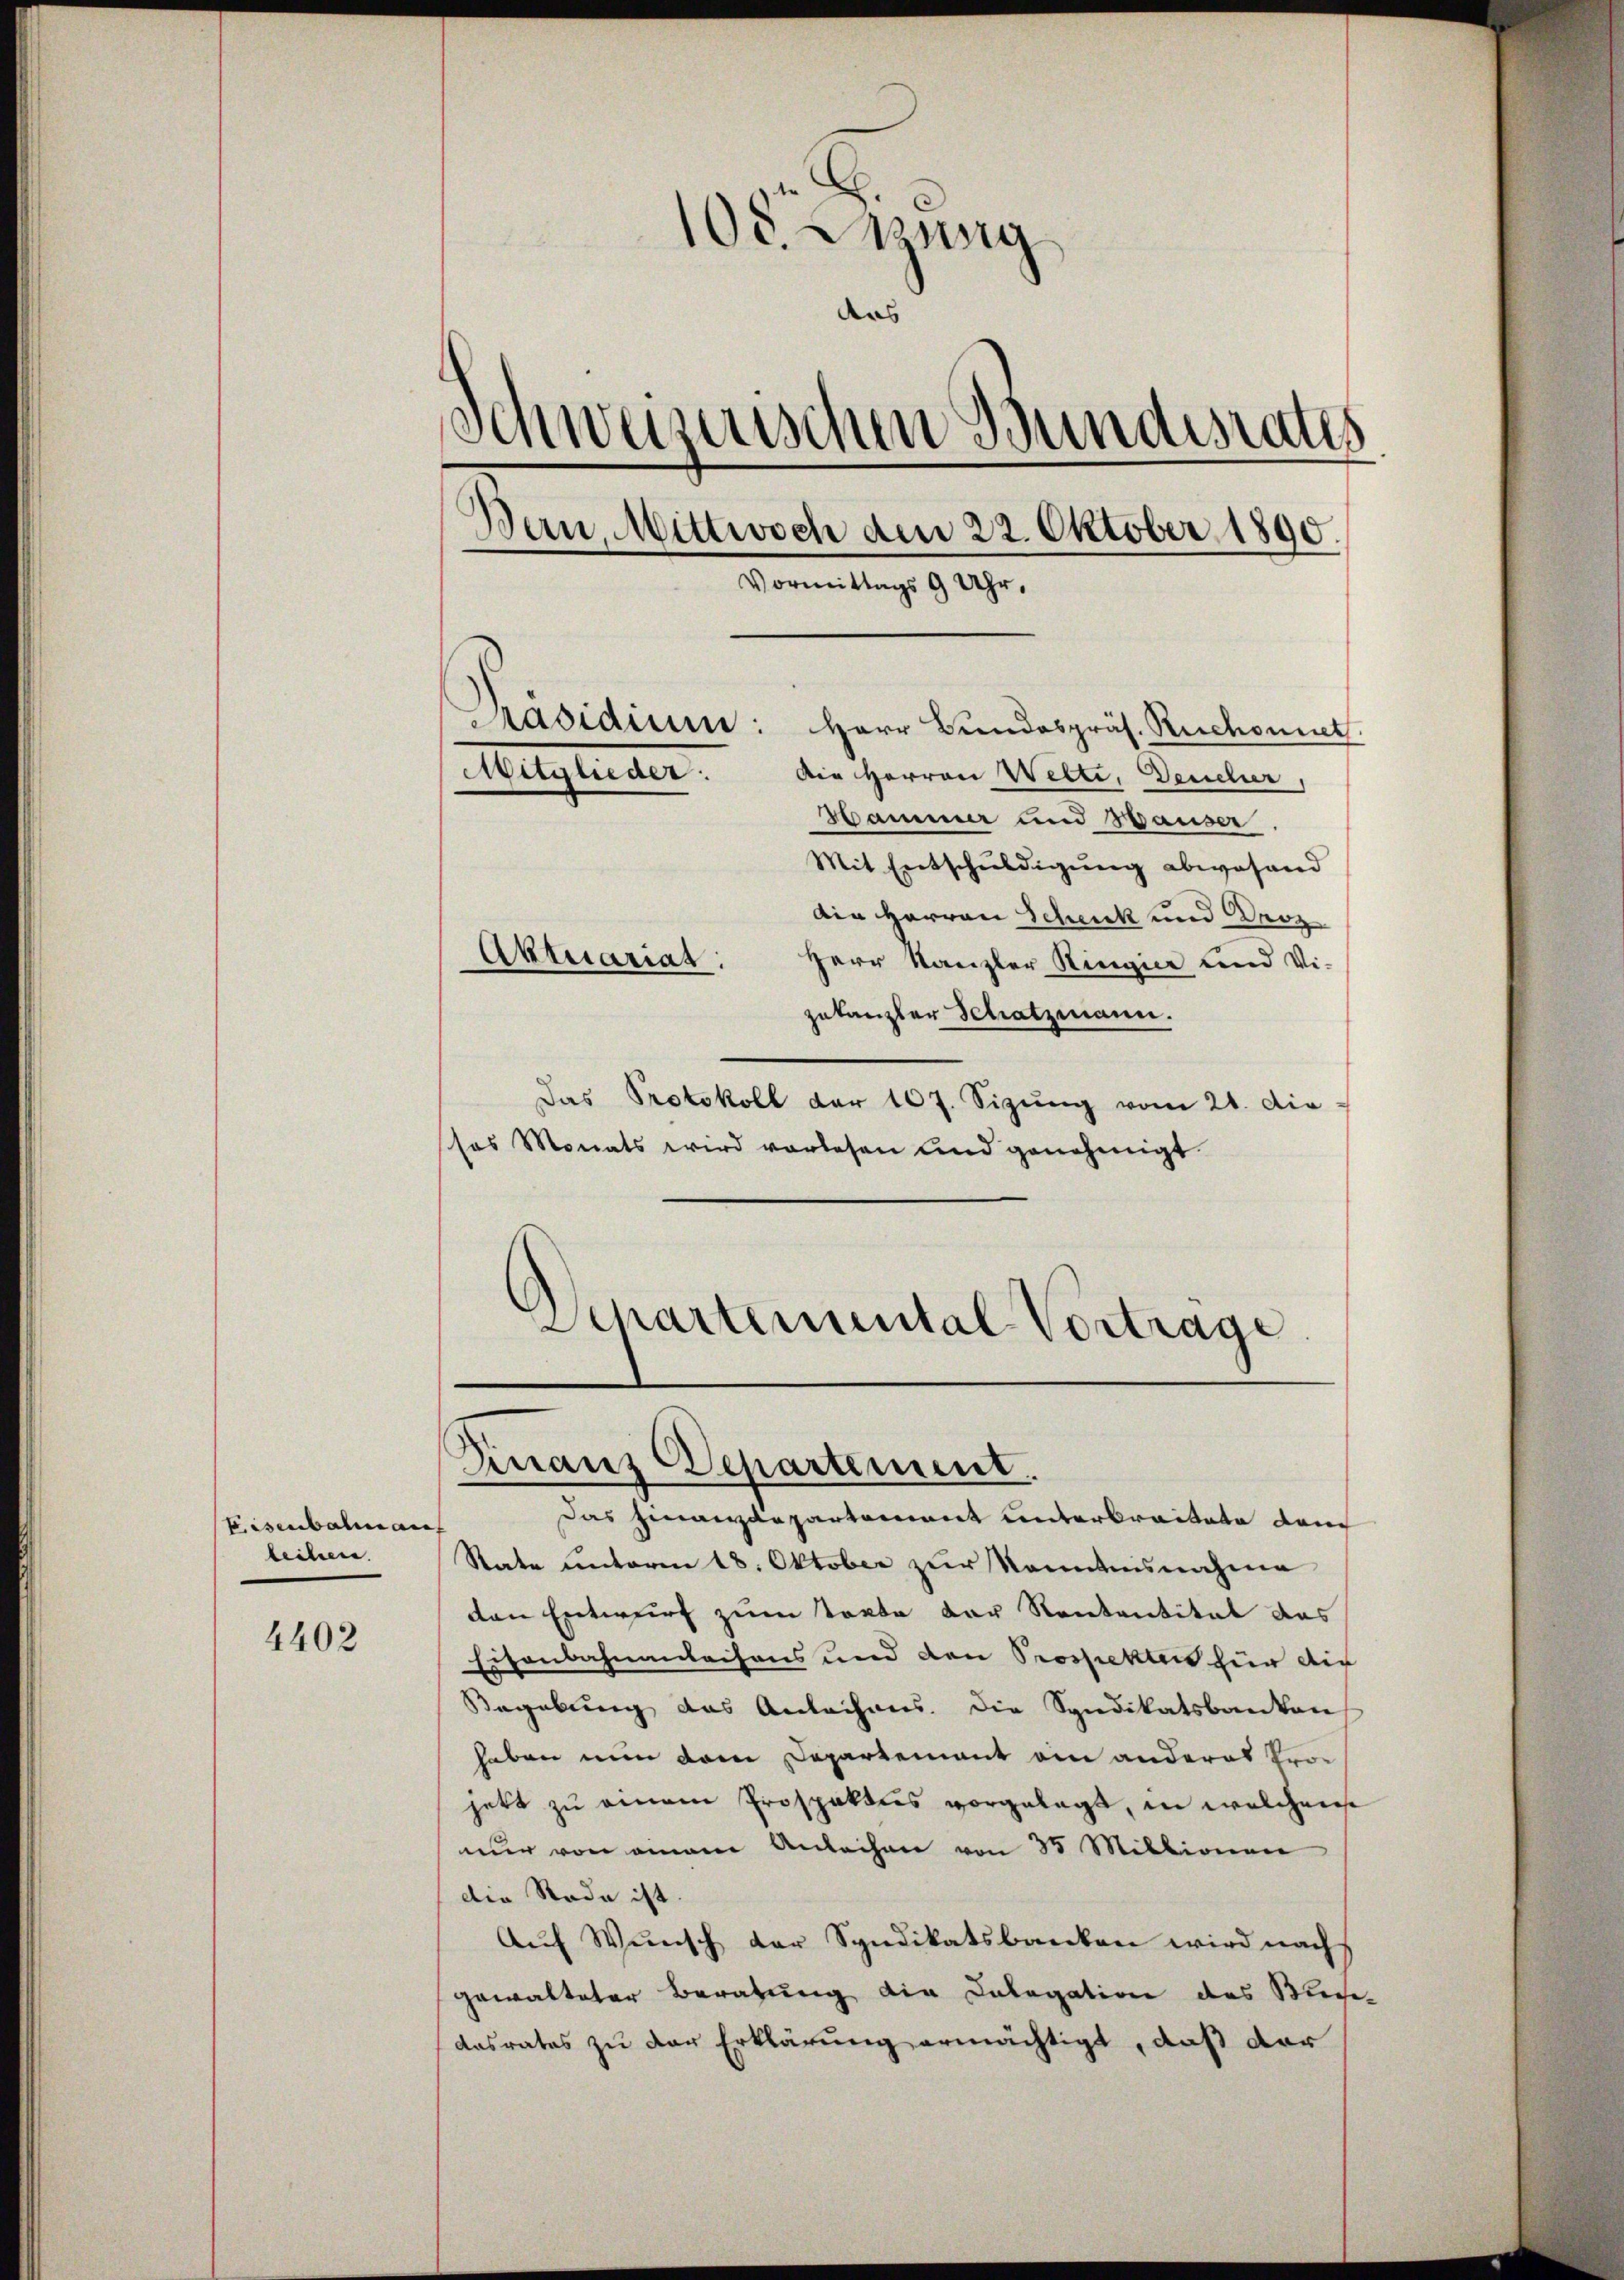
Eisenbahnan
leihen.

4402

100. ung
aas
Schweizerischen Bundesraths
Bern, Mittwoch dem 22. Oktober 1890.
Vormittags 9 Uhr,
Präsidium: Herr Bundespräs. Ruchonnet.
Mitglieder.
Die Herren Wette, Deuclur
Hammer und Hauser
Mit Entschuldigung abwesend

Ain Herren Schenk und Droz
Herr Kanzler Ringica und Vizukanzler Schatzmann.
Das Protokoll der 107. Sizŭng vom 21. die-
sos Monats wird vorlesen und genehmigt.
Schartemental Vortrage

Aktuarias:

Finanz Departement.

Das Finanzdepartement unterbreitete dan
Rate unterm 18. Oktober zur Nomdisnahme
den Entwurf zum Torte der Rententitel das
Eisenbahnanleihens und den Prospektes für auch
Begabung des Anleihens. Die Syndikatsbanken
haben nun dem Departement an anderes Pror
jett zu einem Prospaktes vorgelegt, in welchen
nur von einem Anleihen von 35 Millionen
die Rade ist.
Aŭf Wŭnsch der Syndikatsbanken wird nach
gewalteter Beratung die Cologation des Mini-
dasrates zu der Erklärung ermächtigt, daß der